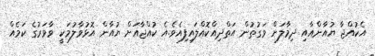
އެކުއްޖާ ޔުއާންއާއި ދިމާލަށް ވަގުތުން އަތްދިއްކޮއްލައިފިއެވެ.އެ ކުއްޖާއަށް ޔުއާން އޮޅުވާލުމަކީ ވާވަރުގެ ކަމެއް